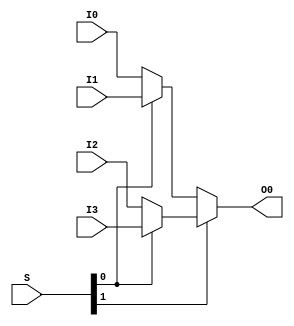
`timescale 1ns / 1ps
//////////////////////////////////////////////////////////////////////////////////
// Company: 
// Engineer: 
// 
// Design Name: 
// Module Name: MUX4T1_1
// Project Name: 
// Target Devices: 
// Tool Versions: 
// Description: 
// 
// Dependencies: 
// 
// Revision:
// Revision 0.01 - File Created
// Additional Comments:
// 
//////////////////////////////////////////////////////////////////////////////////


module MUX4T1_1(
    input I0,
    input I1,
    input I2,
    input I3,
    input [1:0] S,
    output O0
    );
    assign O0 = S[1] ? (S[0] ? I3:I2) : (S[0] ? I1 : I0);
endmodule